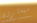
سيعثرون